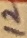
Text: 12